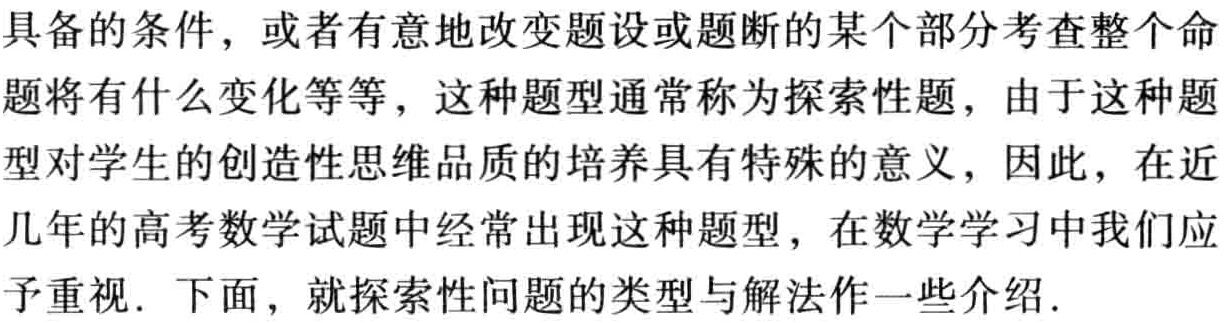
具备的条件，或者有意地改变题设或题断的某个部分考查整个命题将有什么变化等等，这种题型通常称为探索性题，由于这种题型对学生的创造性思维品质的培养具有特殊的意义，因此，在近几年的高考数学试题中经常出现这种题型，在数学学习中我们应予重视. 下面，就探索性问题的类型与解法作一些介绍.